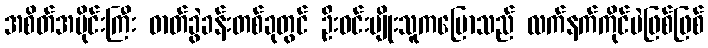
အစိတ်အပိုင်းကြီး ဓာတ်ခွဲခန်းတစ်ခုတွင် ဦးဝင်းမျိုးသူကပြောသည် လက်နက်ကိုင်ပဲဖြစ်ဖြစ်